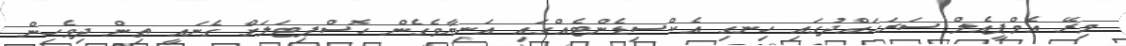
މިރޭ އެމްޕީއެލް ސަރަހައްދުގައި ހިނގި އެކްސިޑެންޓެއްގައި އަނިޔާވެގެން ހޮސްޕިޓަލަށް ގެނައީ ތިން ދިވެހިން